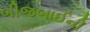
બીજબાઈની